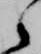
之